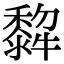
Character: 𤛿